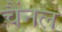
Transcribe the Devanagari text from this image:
चैंनल